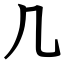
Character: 几